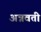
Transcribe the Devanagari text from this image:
अन्नवती